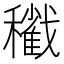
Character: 𥣩